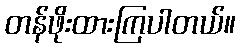
တန်ဖိုးထားကြပါတယ်။